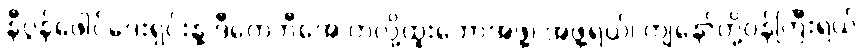
နီပွန်ဖေါင်ဒေးရှင်းနဲ့ ဒီကေဘီအေ ကလို့ထူးဘောအဖွဲ့၊ အဖွဲ့ရယ်၊ ကျနော်တို့ဝန်ကြီးရယ်